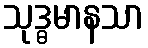
သုဒ္ဓမာနသာ